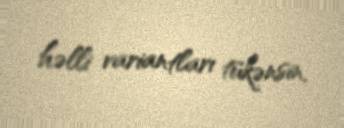
həlli variantları tükənsin.